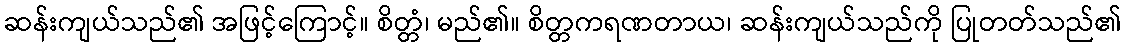
ဆန်းကျယ်သည်၏ အဖြင့်ကြောင့်။ စိတ္တံ၊ မည်၏။ စိတ္တကရဏတာယ၊ ဆန်းကျယ်သည်ကို ပြုတတ်သည်၏